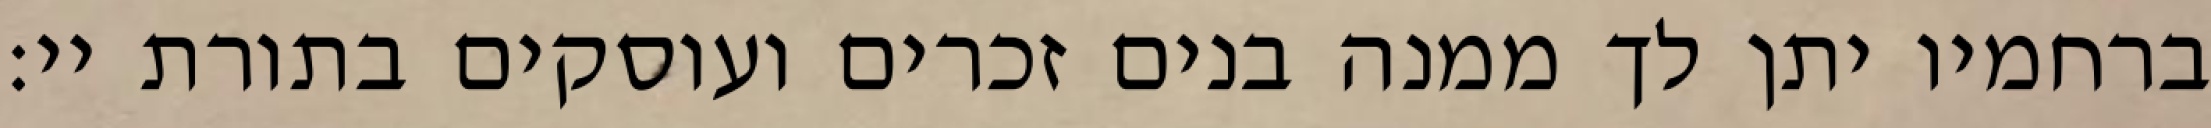
ברחמיו יתן לך ממנה בנים זכרים ועוסקים בתורת יי: